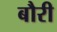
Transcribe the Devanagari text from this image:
बौरी